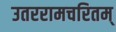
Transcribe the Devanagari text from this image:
उतररामचरितम्‌